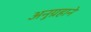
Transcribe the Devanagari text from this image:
अनुग्रहाने